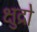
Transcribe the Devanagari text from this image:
क्षुद्रो